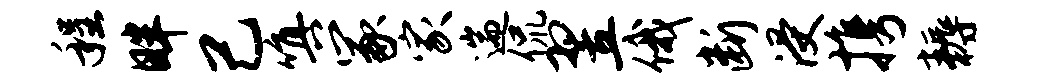
程畔己嗔冢家遄侃翌俄断浸携耨